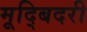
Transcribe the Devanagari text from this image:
मूद्बिदरी